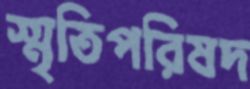
স্মৃতিপরিষদ